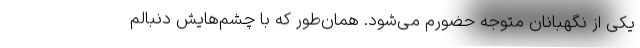
یکی از نگهبانان متوجه حضورم می‌شود. همان‌طور که با چشم‌هایش دنبالم